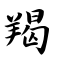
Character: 羯